Calcutta medical institutions reports 1871-78
Year: 1871
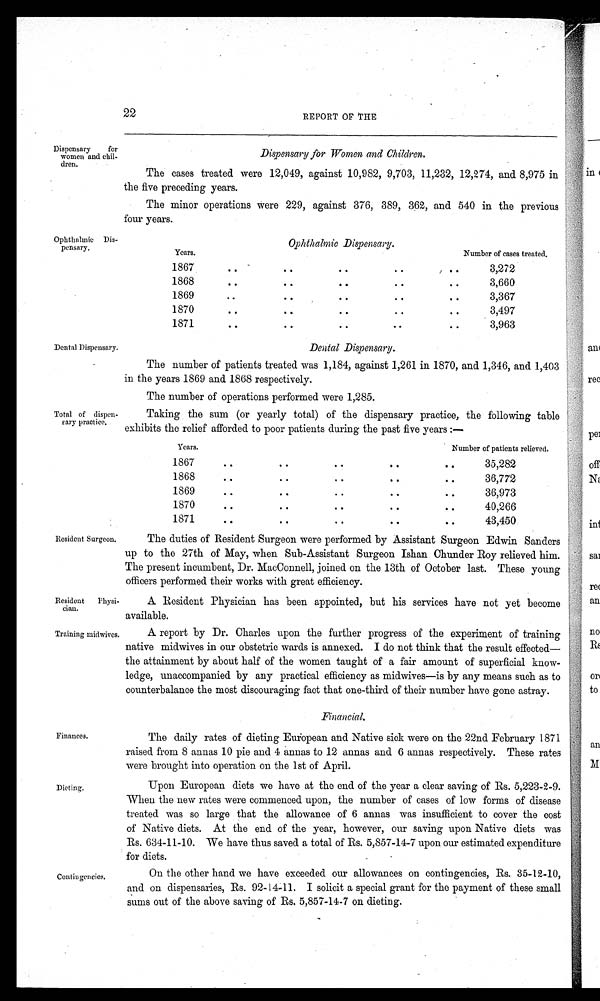
RResident Physi
-cian.
Training midwives.
22
REPORT OF THE
Dispensary for
women and chil
-dren.
Ophthalmic Dis
-pensary.
Dental Dispensary.
Total of dispen
-sary practice
.
Resident Surgeon.
Dispensary for Women and Children.
The cases treated were 12,049, against 10,982, 9,703, 11,232, 12,274, and 8,975 in
the five preceding years.
The minor operations were 229, against 376, 389, 362, and 540 in the previous
four years.
Ophthalmic Dispensary.
Years.
Number of cases treated.
1867
..
..
..
..
..
3,272
1868
..
..
..
..
..
3,660
1869
..
..
..
..
..
3,367
1870
..
..
..
..
..
3,497
1871
..
..
..
..
..
3,963
Dental Dispensary.
The number of patients treated was 1,184, against 1,261 in 1870, and 1,346, and 1,403
in the years 1869 and 1868 respectively.
The number of operations performed were 1,285.
Taking the sum (or yearly total) of the dispensary practice, the following table
exhibits the relief afforded to poor patients during the past five years:—
Years.
Number of patients relieved.
1867
..
..
..
..
..
35,282
1868
..
..
..
..
.. 36,772
1869
..
..
..
..
..
36,973
1870
..
..
..
..
.. 40,266
1871
..
..
..
..
..
43,450
The duties of Resident Surgeon were performed by Assistant Surgeon Edwin Sanders
up to the 27th of May, when Sub-Assistant Surgeon Ishan Chunder Roy relieved him.
The present incumbent, Dr. MacConnell, joined on the 13th of October last. These young
officers performed their works with great efficiency.
A Resident Physician has been appointed, but his services have not yet become
available.
A report by Dr. Charles upon the further progress of the experiment of training
native midwives in our obstetric wards is annexed. I do not think that the result effected—
the attainment by about half of the women taught of a fair amount of superficial know
-ledge, unaccompanied by any practical efficiency as midwives—is by any means such as to
counterbalance the most discouraging fact that one-third of their number have gone astray.
Finances.
Dieting.
Financial.
The daily rates of dieting European and Native sick were on the 22nd February 1871
raised from 8 annas 10 pie and 4 annas to 12 annas and 6 annas respectively. These rates
were brought into operation on the 1st of April.
Upon European diets we have at the end of the year a clear saving of Rs. 5,223-2-9.
When the new rates were commenced upon, the number of cases of low forms of disease
treated was so large that the allowance of 6 annas was insufficient to cover the cost
of Native diets. At the end of the year, however, our saving upon Native diets was
Rs. 634-11-10. We have thus saved a total of Rs. 5,857-14-7 upon our estimated expenditure
for diets.
Contingencies.
On the other hand we have exceeded our allowances on contingencies, Rs. 35-12-10,
and on dispensaries, Rs. 92-14-11. I solicit a special grant for the payment of these small
sums out of the above saving of Rs. 5,857-14-7 on dieting.